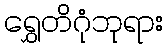
ရွှေတိဂုံဘုရား